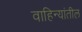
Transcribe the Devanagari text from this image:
वाहिन्यांतील